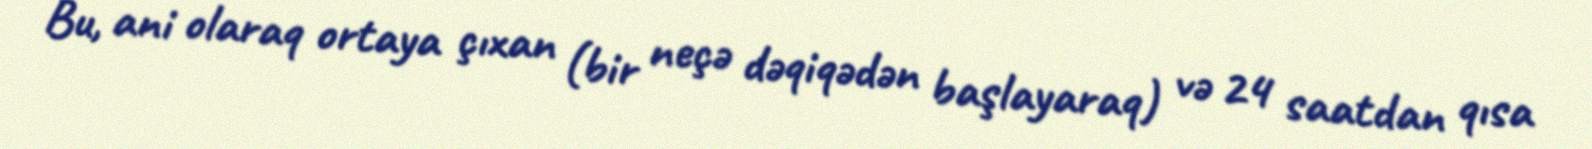
Bu, ani olaraq ortaya çıxan (bir neçə dəqiqədən başlayaraq) və 24 saatdan qısa